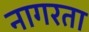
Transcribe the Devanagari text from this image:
नागरता